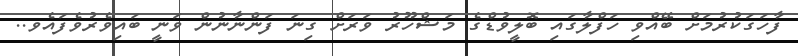
ފާހަގަކުރުމަށް ބޭއްވި ހަފްލާގައި ބޮލީވުޑްގެ މަޝްހޫރު ވަރަށް ގިނަ ފަންނާނުން ވަނީ ބައިވެރުވެފައެވ..